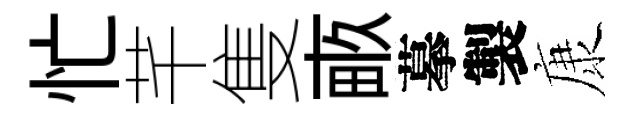
忙芊隻畞摹製康